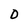
Character: D